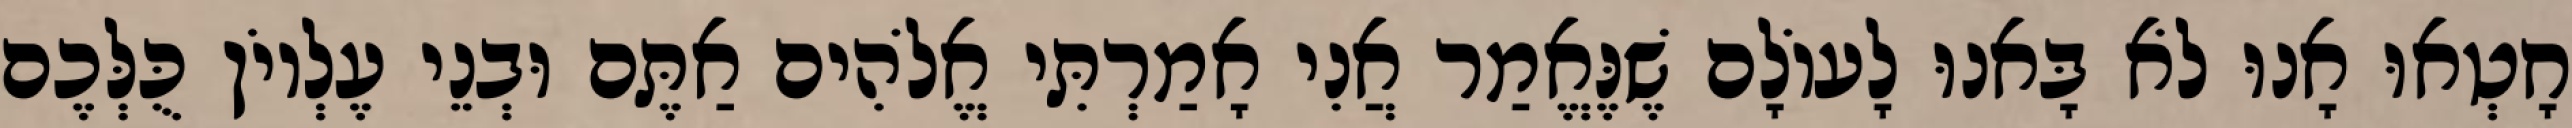
חָטְאוּ אָנוּ לֹא בָּאנוּ לָעוֹלָם שֶׁנֶּאֱמַר אֲנִי אָמַרְתִּי אֱלֹהִים אַתֶּם וּבְנֵי עֶלְיוֹן כֻּלְּכֶם